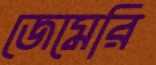
জেমেরি